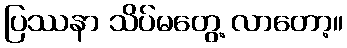
ပြဿနာ သိပ်မတွေ့ လာတော့။